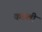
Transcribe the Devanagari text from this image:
कडली